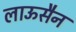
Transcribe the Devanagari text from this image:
लाऊसैन